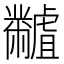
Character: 𪓐